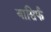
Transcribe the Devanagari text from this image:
यासिर्फ